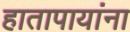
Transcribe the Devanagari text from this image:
हातापायांना